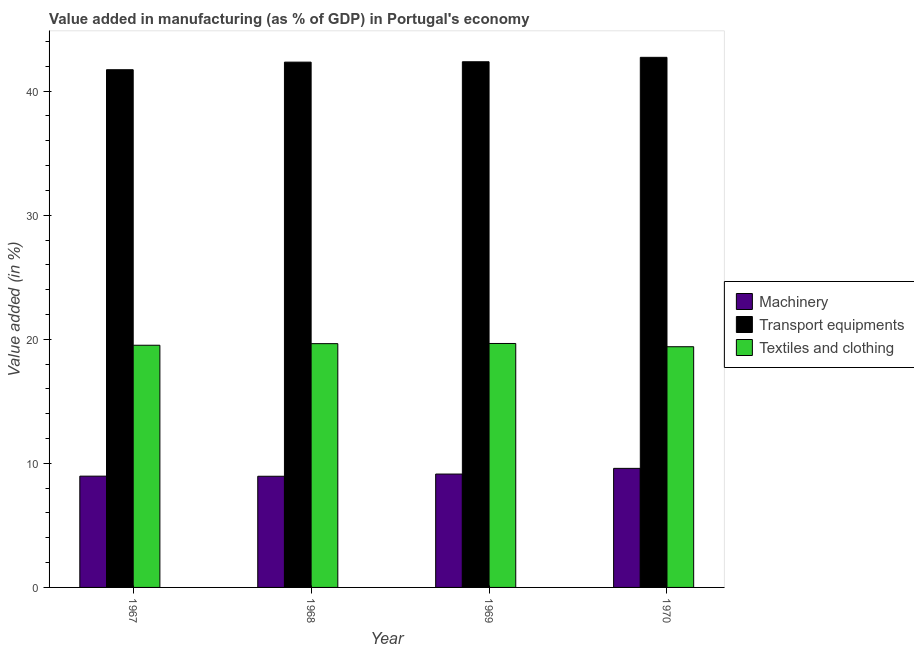
| Year | Machinery | Transport equipments | Textiles and clothing |
 | --- | --- | --- | --- |
 | 1967 | 8.97 | 41.7 | 19.5 |
 | 1968 | 8.96 | 42.3 | 19.6 |
 | 1969 | 9.14 | 42.4 | 19.7 |
 | 1970 | 9.6 | 42.7 | 19.4 |